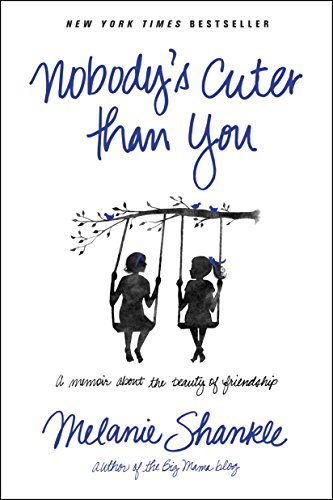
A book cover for Nobody's Cuter than You: A Memoir about the Beauty of Friendship; Melanie Shankle; Self-Help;